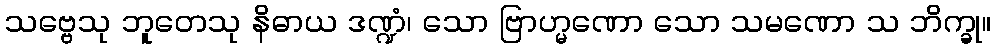
သဗ္ဗေသု ဘူတေသု နိဓာယ ဒဏ္ဍံ၊ သော ဗြာဟ္မဏော သော သမဏော သ ဘိက္ခု။